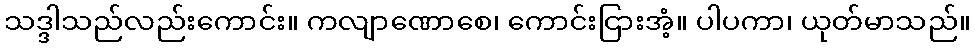
သဒ္ဒါသည်လည်းကောင်း။ ကလျာဏောစေ၊ ကောင်းငြားအံ့။ ပါပကာ၊ ယုတ်မာသည်။